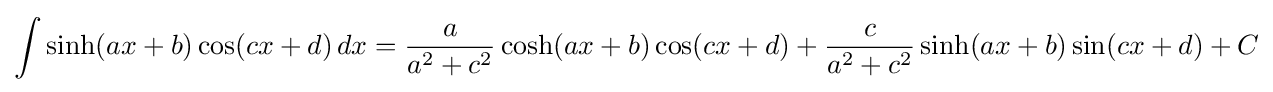
\int \sinh(ax+b)\cos(cx+d)\,dx={\frac {a}{a^{2}+c^{2}}}\cosh(ax+b)\cos(cx+d)+{\frac {c}{a^{2}+c^{2}}}\sinh(ax+b)\sin(cx+d)+C